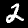
Digit: 2